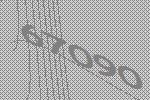
67090